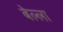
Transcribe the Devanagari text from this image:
बेल्ला